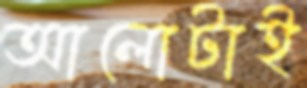
আলোটাই